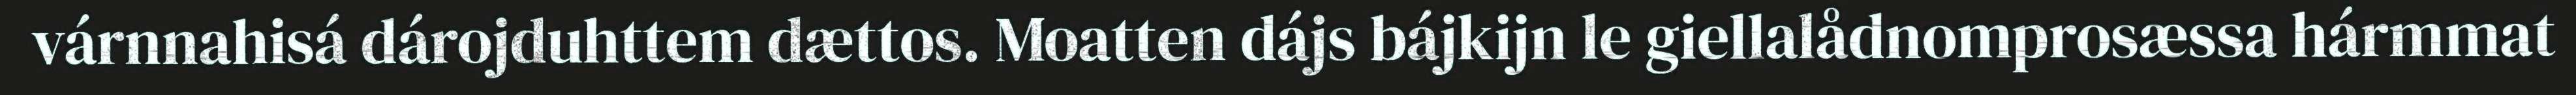
várnnahisá dárojduhttem dættos. Moatten dájs bájkijn le giellalådnomprosæssa hármmat